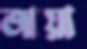
জায়া